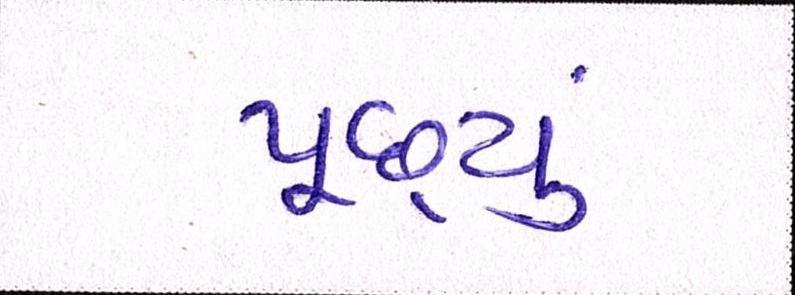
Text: પૂછ્યું